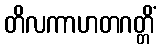
တိလကာဟတဂတ္တိံ